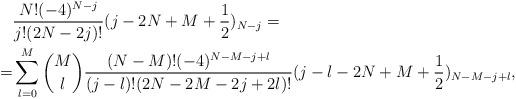
LaTeX: \begin{align*} &\frac{N!(-4)^{N-j}}{j!(2N-2j)!}(j-2N+M+\frac 12)_{N-j}=\\ =&\sum_{l=0}^M {M\choose l}\frac{(N-M)!(-4)^{N-M-j+l}}{(j-l)!(2N-2M-2j+2l)!}(j-l-2N+M+\frac 12)_{N-M-j+l}, \end{align*}